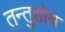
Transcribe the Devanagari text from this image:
तन्तुशोथ